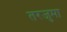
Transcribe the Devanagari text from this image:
तरजुमा